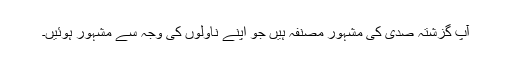
آپ گزشتہ صدی کی مشہور مصنفہ ہیں جو اپنے ناولوں کی وجہ سے مشہور ہوئیں۔